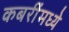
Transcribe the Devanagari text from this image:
कबरींमध्ये